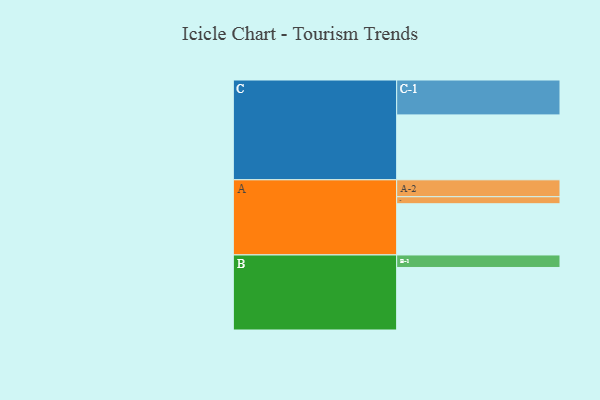
{"axis": {"x": "Segment", "y": "Value"}, "legend": ["", "A", "B", "C"], "data": [{"x": "A", "y": 430, "type": ""}, {"x": "B", "y": 525, "type": ""}, {"x": "C", "y": 545, "type": ""}, {"x": "A-1", "y": 59, "type": "A"}, {"x": "A-2", "y": 142, "type": "A"}, {"x": "B-1", "y": 105, "type": "B"}, {"x": "C-1", "y": 293, "type": "C"}]}